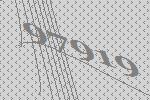
97919